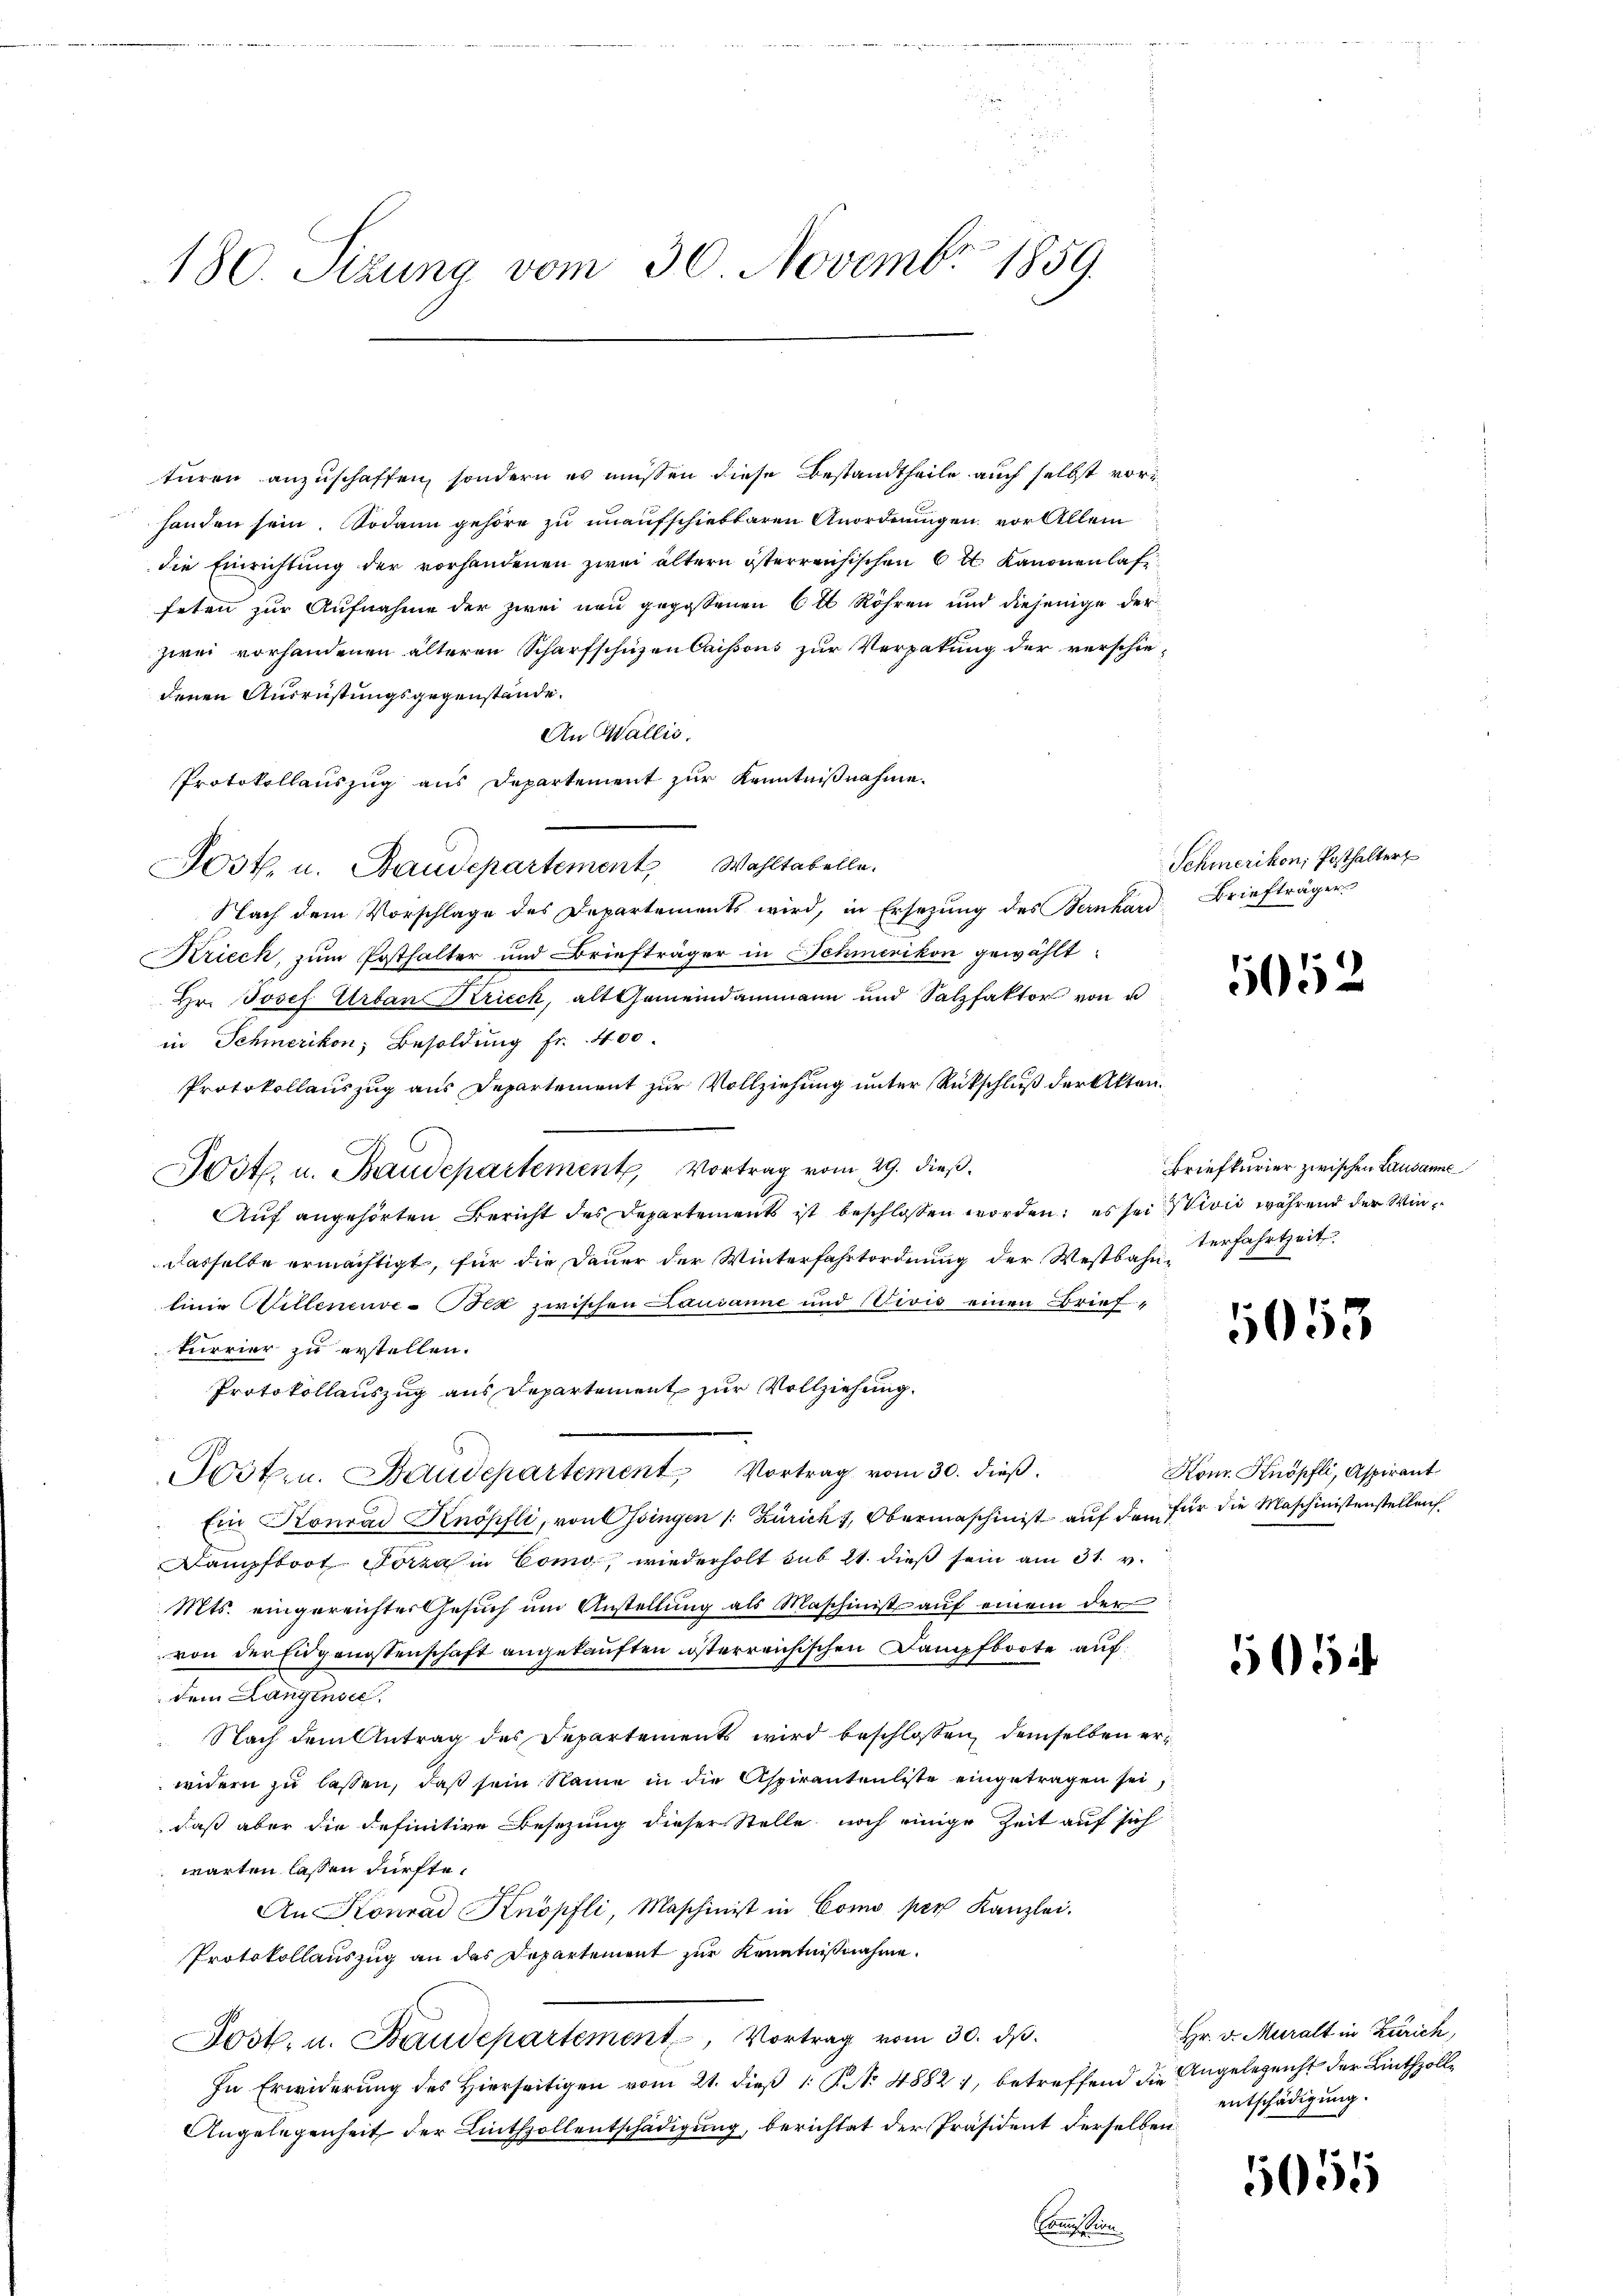
180. Sizung vom 30. Novembr 1859

turen anzuschaffen, sondern es müssen diese Bestandtheile auch selbst vorhanden sein. Sodann gehöre zu unaufschiebbaren Anordnungen, vor Allem
die Einrichtŭng der vorhandenen zwei ältern österreichischen 6 t Kanonenlas
feten zur Aufnahme der zwei neu gegossenen 6 t Röhren und diejenige der
zwei vorhandenen älteren Scharfschüzen Caissous zur Verpatung der verschiedenen Ausrüstungsgegenstände.
An Wallis.
Protokollauszug aus Departement zur Kenntnißnahme.
Nach dem Vorschlage des Departements wird, in Ersezung des Bernhard
Krieck, zum Posthalter und Briefträger in Schmerikon gewählt:
Hr. Josef Urban Krieck, alt Gemeindammann und Salzfaktor von u
in Schmerikon, Besoldung fr. 400.
Protokollauszug aus Departement zur Vollziehung unter Rückschluß der Akten¬
Post. u. Baudepartement, Vortrag vom 29. dieß.
Auf angehörten Bericht des Departements ist beschlossen worden; es sei  Vivić während der Windasselbe ermächtigt, für die Dauer der Winterfahrtordnung der Westbahn-Verfahrtheit
linie Willenenve-Bez zwischen Lausanne und Vivis einen Briefterrier zu erstellen.
Protokollauszug aus Departement zur Vollziehung.
Posten. Baudepartement Vortrag vom 30. dieß.
Ein Konrad Knöpfli, von Ossingen /: Zürich 1, Obermaschinist auf den für die Maschinistenstellen.
ampfboot Porza in Como, wiederholt sub ist dieß sein am 31. v.
Mts. eingereichter Gesŭch ŭm Anstellŭng als Maschinist auf einem der
von der Eidgenostenschaft angekauften österreichischen Dampfboote auf
dem Langensee.
" Nach dem Antrag des Separtements wird beschlossen, demselben erwidern zu lassen, daß sein Name in die Aspirantenliste eingetragen sei,
daß aber die definitive Besetzung dieser Stelle noch einige Zeit auf sich
warten lassen dürfte.
An Konrad Knöpfli, Maschinist in Como per Kanzlei.
Protokollauszug an das Departement zur Kenntnißnahme.
Jost. u. Baudepartement, Vortrag vom 30. ds.
In Erwiderung des hierseitigen vom 21. dieβ 1 No 48821, betreffend die Angelegenht der Linthzoll¬
Angelegenheit der Linthzollentschädigung, berichtet der Präsident derselben
Erach ein

Posth. u. Staudepartement Wahltabelle.

Schmerikon, Posthalter
Briefträger

1052

Briefkurier zwischen Lausanne

5053

Kom. Knopfli, Aspirant

5054

Hr. v. Muralt in Zürich,
entschädigung.

5055